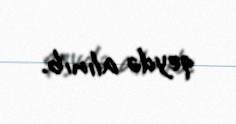
qeydə alınıb.